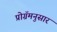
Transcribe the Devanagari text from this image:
प्रोग्रॅमनुसार